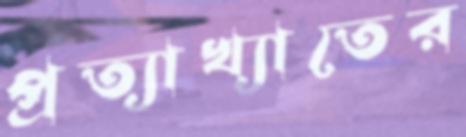
প্রত্যাখ্যাতের